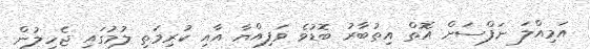
އަމިއްލަ ނަފްސަށް އޮތް އިތުބާރު ބޮޑުވެ ވަފިއްޔާ އާއި ކުރިމަތި ލުމުގައި ޖެހިލުން